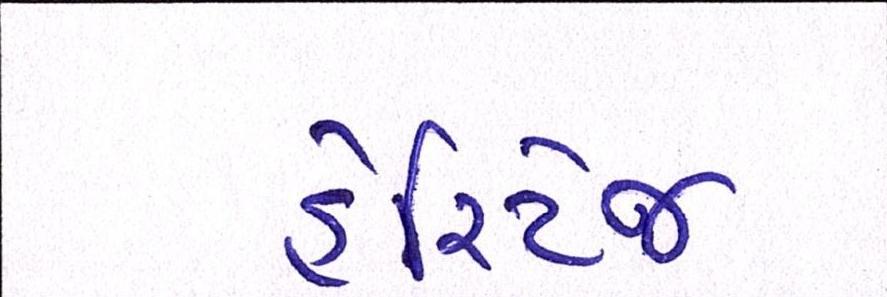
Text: હેરિટેજ